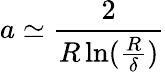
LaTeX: a\simeq{\frac{2}{R\ln({\frac{R}{\delta}})}}